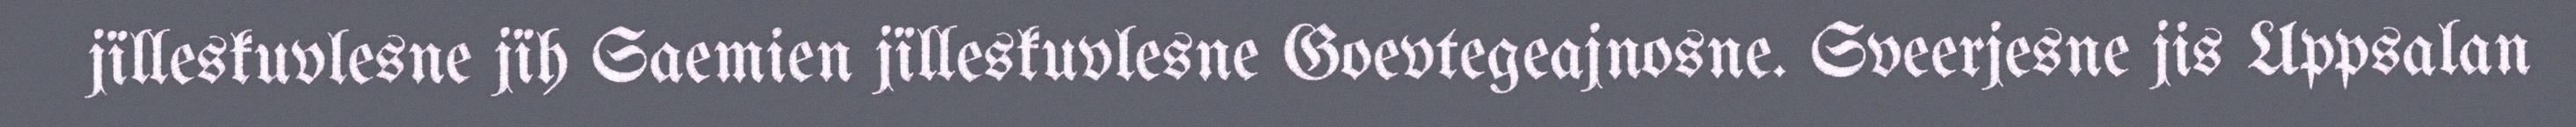
jïlleskuvlesne jïh Saemien jïlleskuvlesne Goevtegeajnosne. Sveerjesne jis Uppsalan